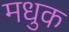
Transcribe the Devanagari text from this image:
मधुक